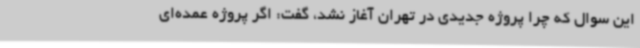
این سوال که چرا پروژه جدیدی در تهران آغاز نشد، گفت: اگر پروژه عمده‌ای